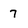
Character: 7